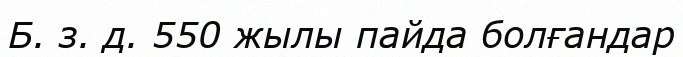
Б. з. д. 550 жылы пайда болғандар